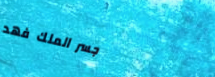
جسر الملك فهد